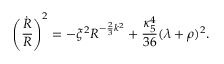
\left( { \frac { \dot { R } } { R } } \right) ^ { 2 } = - \xi ^ { 2 } R ^ { - { \frac { 2 } { 3 } } k ^ { 2 } } + { \frac { \kappa _ { 5 } ^ { 4 } } { 3 6 } } ( \lambda + \rho ) ^ { 2 } .